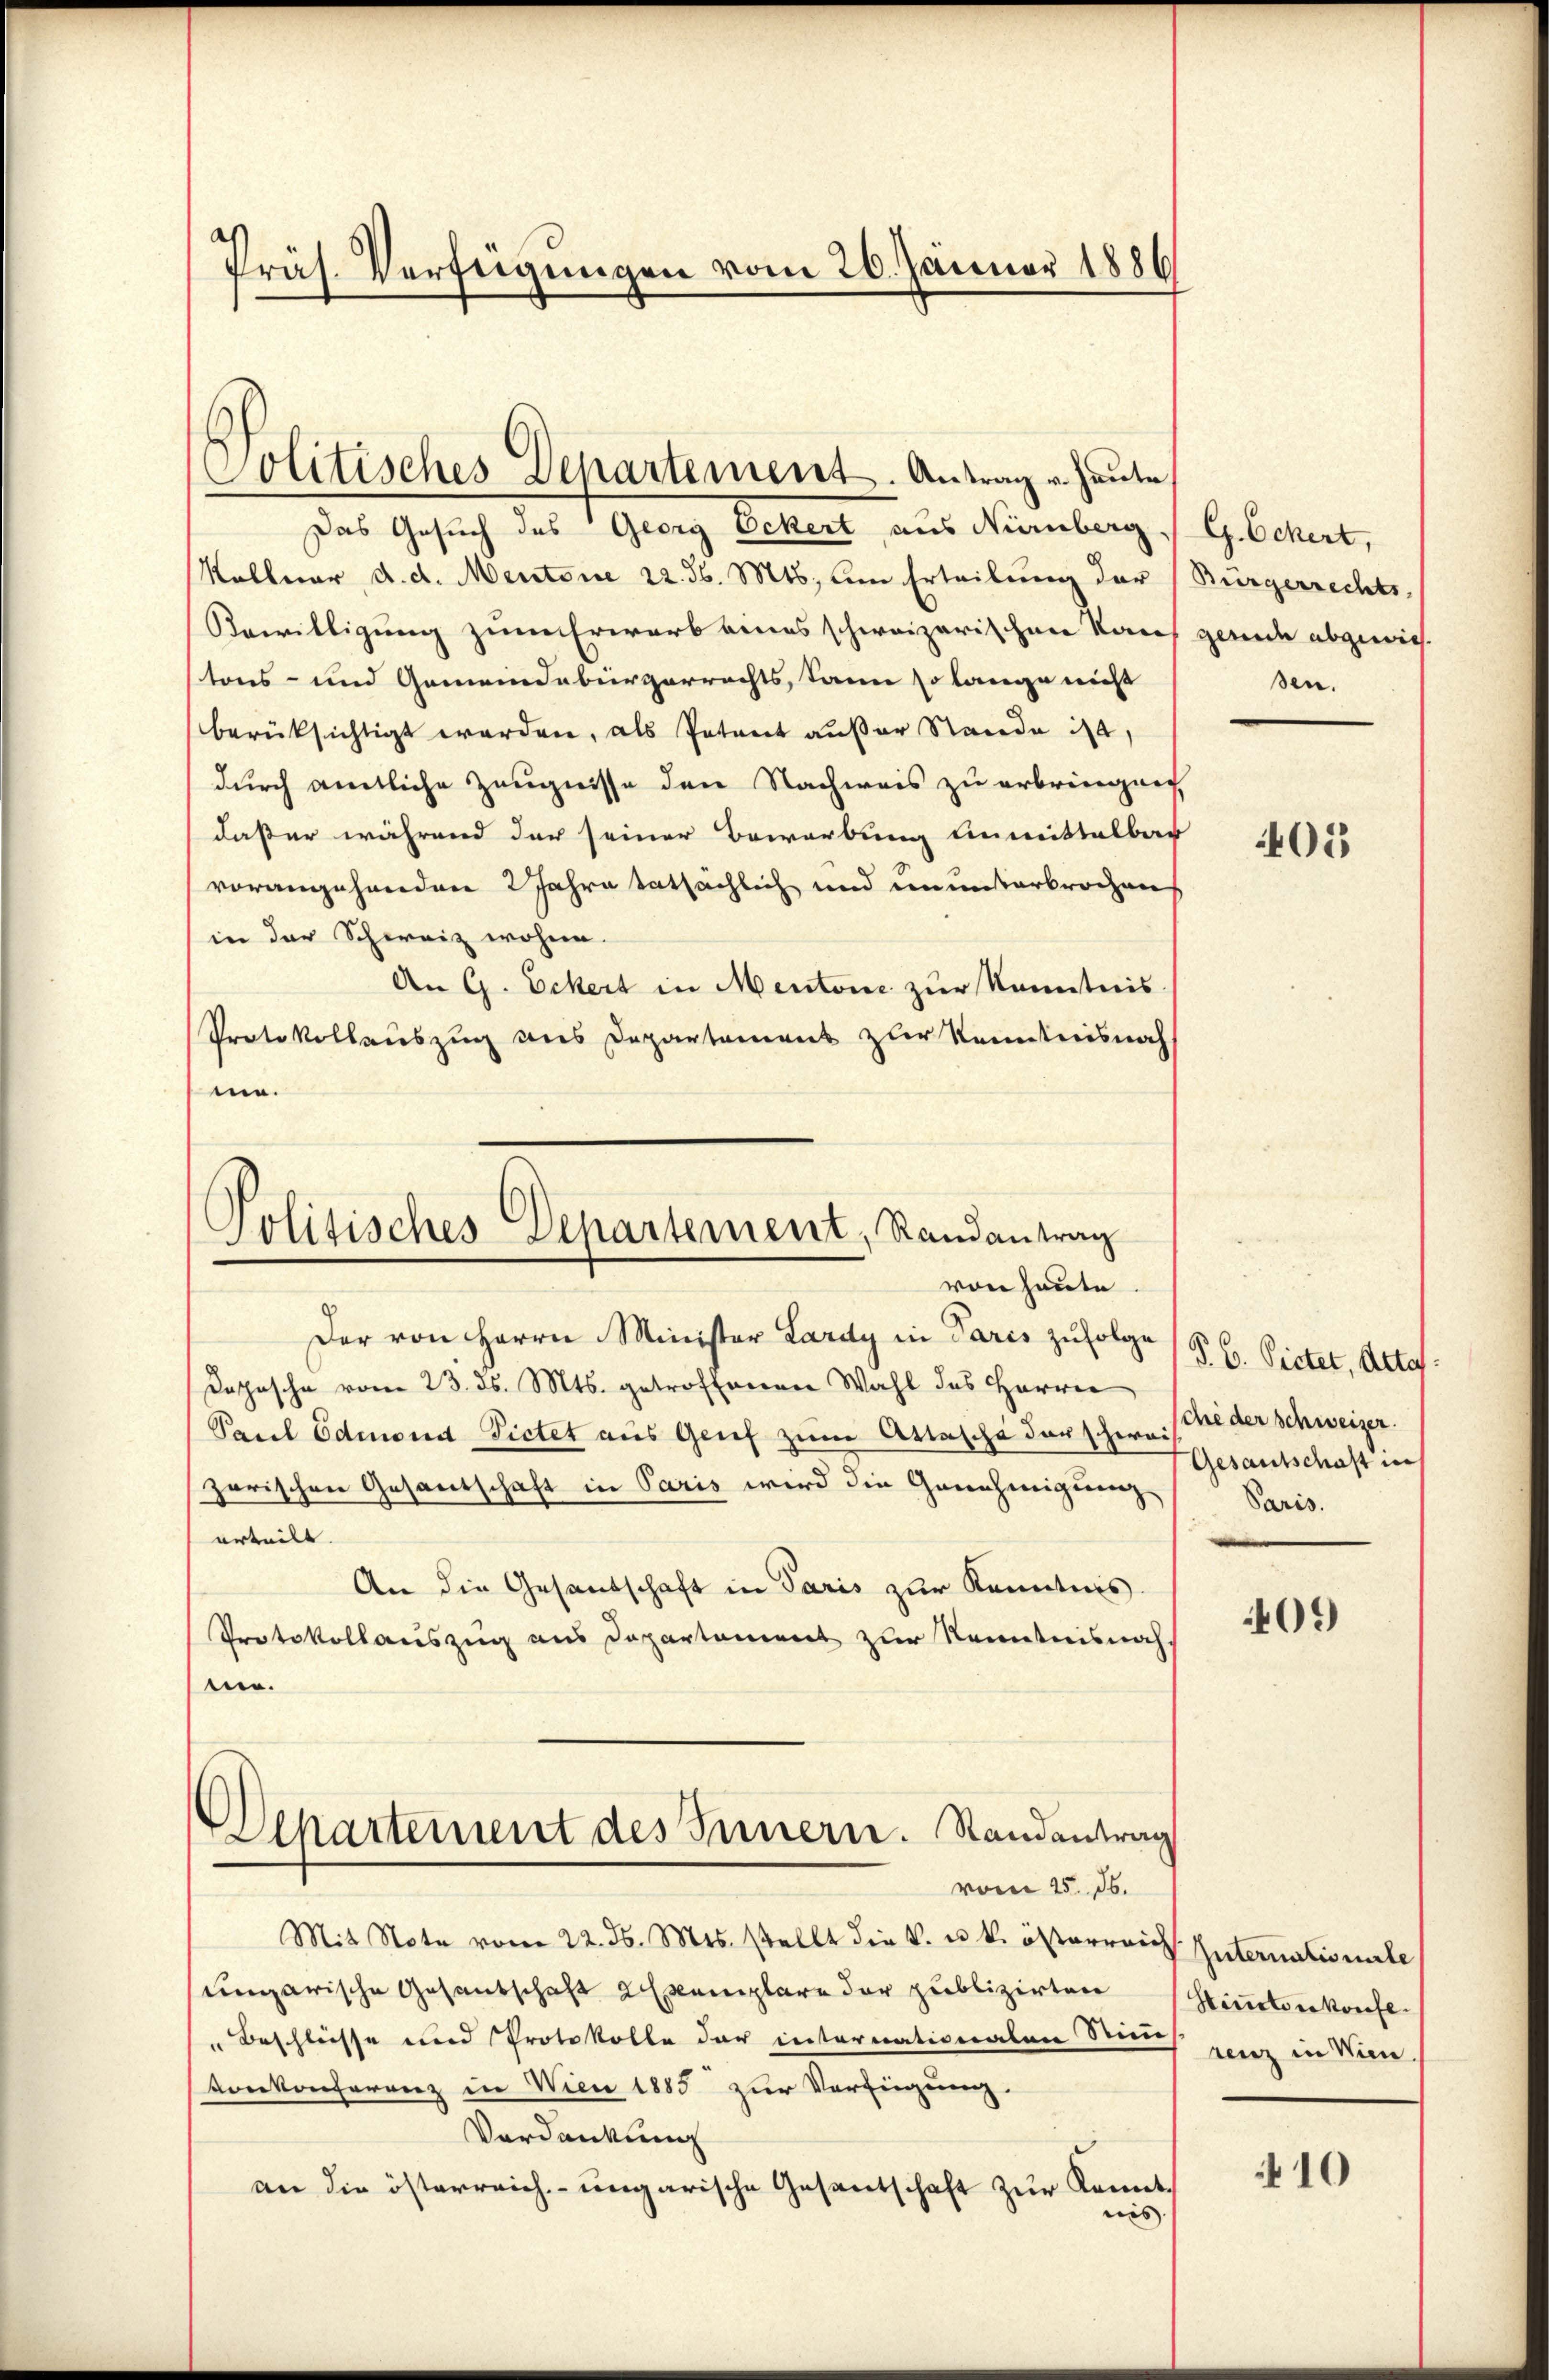
Präs. Verfügungen vom 26. Januar 1886

Politisches Departement. Antrag u. Heute

Das Gesuch des Georg Ockert aus Nürnberg, G. Eckert,
Kellner d. d. Mentone 22. d. Mts. um Erteilung der (Bürgerrechts-
Bewilligung zum Erwarb eines schweizerischen Kauf gernde abgewies
tons- und Gemeindebürgerrechts, kann so lange nicht
berüksichtigt worden, als Petent außer Stande ist,
durch amtliche Zeugnisse den Nachweis zu erbringen
daßer während der seiner Bewerbung einmittelbar
vorangehenden 2 Jahre tatsächlich und ununterbrochen
in der Schweiz wohne.
An G. Eckert in Mentone zur Kenntnis.
Protokollauszug aus Departement zur Kenntnis nach
m.

Politisches Departement, Randantrag
von heute

Der von Herrn Minister Lardy in Paris zufolge
Dophische vom 23. ds. Mts. getroffenen Wahl des Herren
Paul Edmonat Pietet aus Genf zum Attasche darschweise der Schweizer.
zerischen Gesantschaft in Paris wird die Genehmigung
urteilt.
An die Gesandschaft in Paris zur Kenntnis.
Protokollauszug aus Departement zur Kenntnisnahnen.
Departement des Innern. Standentrag
vom 15. ds.
Mit Note vom 22. d. Mts. stellt die k. u. k. österreich Internationirte
ungarische Gesandschaft Exemplare der publizirten
"Beschlüsse und Protokolle der internationalen Sinne
Konkonferenz in Wien 1885 zur Verfügung.
Verdankung
an die österreich-ungarische Gesantschaft zur Kenntnis

sen.

05

P. C. Pietet, Attes.
Gesantschaft in
Paris.

409

Hintenkonfe
renz in Wien.

10